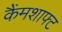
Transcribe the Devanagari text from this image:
कैंमशाफ्ट